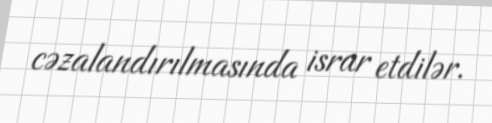
cəzalandırılmasında israr etdilər.